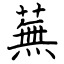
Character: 蕪